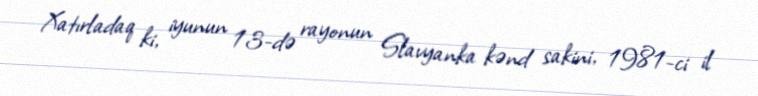
Xatırladaq ki, iyunun 13-də rayonun Slavyanka kənd sakini, 1981-ci il